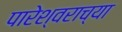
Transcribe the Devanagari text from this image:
पारेश्वराच्या